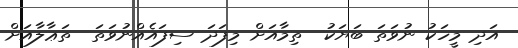
އަދި މީހަކު ނުވަތަ ބަޔަކު  ތިމާއަށް މިފަދަ ސިފައެއްނުވަތަ  ތަޢާލާއަށް